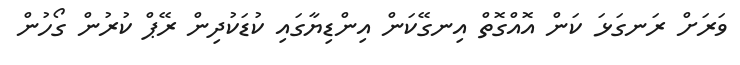
ވަރަށް ރަނގަޅަ ކަން އޮއްގޮތް އިނގޭކަން އިންޑިޔާގައި ކުޑަކުދިން ރޭޕް ކުރުން ގޯހުން